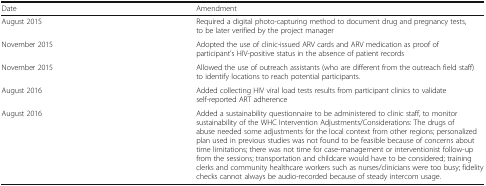
| Date | Amendment |
 | --- | --- |
 | August 2015 | Required a digital photo-capturing method to document drug and pregnancy tests, to be later verified by the project manager |
 | November 2015 | Adopted the use of clinic-issued ARV cards and ARV medication as proof of participant’s HIV-positive status in the absence of patient records |
 | November 2015 | Allowed the use of outreach assistants (who are different from the outreach field staff) to identify locations to reach potential participants. |
 | August 2016 | Added collecting HIV viral load tests results from participant clinics to validate self-reported ART adherence |
 | August 2016 | Added a sustainability questionnaire to be administered to clinic staff, to monitor sustainability of the WHC Intervention Adjustments/Considerations: The drugs of abuse needed some adjustments for the local context from other regions; personalized plan used in previous studies was not found to be feasible because of concerns about time limitations; there was not time for case-management or interventionist follow-up from the sessions; transportation and childcare would have to be considered; training clerks and community healthcare workers such as nurses/clinicians were too busy; fidelity checks cannot always be audio-recorded because of steady intercom usage. |